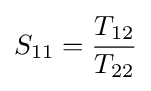
S_{11}={\frac {T_{12}}{T_{22}}}